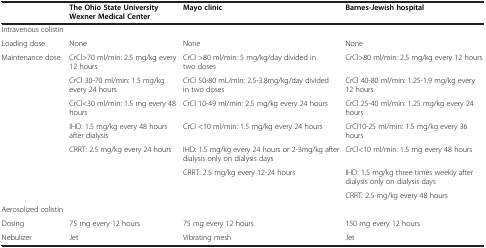
|  | The Ohio State University Wexner Medical Center | Mayo clinic | Barnes-Jewish hospital |
 | --- | --- | --- | --- |
 | Intravenous colistin |  |  |  |
 | Loading dose | None | None | None |
 | Maintenance dose | CrCl>70 ml/min: 2.5 mg/kg every 12 hours | CrCl >80 ml/min: 5 mg/kg/day divided in two doses | CrCl>80 ml/min: 2.5 mg/kg every 12 hours |
 |  | CrCl 30-70 ml/min: 1.5 mg/kg every 24 hours | CrCl 50-80 mL/min: 2.5-3.8mg/kg/day divided in two doses | CrCl 40-80 ml/min: 1.25-1.9 mg/kg every 12 hours |
 |  | CrCl<30 ml/min: 1.5 mg every 48 hours | CrCl 10-49 ml/min: 2.5 mg/kg every 24 hours | CrCl 25-40 ml/min: 1.25 mg/kg every 24 hours |
 |  | IHD: 1.5 mg/kg every 48 hours after dialysis | CrCl <10 ml/min: 1.5 mg/kg every 24 hours | CrCl10-25 ml/min: 1.5 mg/kg every 36 hours |
 |  | CRRT: 2.5 mg/kg every 24 hours | IHD: 1.5 mg/kg every 24 hours or 2-3mg/kg after dialysis only on dialysis days | CrCl<10 ml/min: 1.5 mg every 48 hours |
 |  |  | CRRT: 2.5 mg/kg every 12-24 hours | IHD: 1.5 mg/kg three times weekly after dialysis only on dialysis days |
 |  |  |  | CRRT: 2.5 mg/kg every 48 hours |
 | Aerosolized colistin |  |  |  |
 | Dosing | 75 mg every 12 hours | 75 mg every 12 hours | 150 mg every 12 hours |
 | Nebulizer | Jet | Vibrating mesh | Jet |